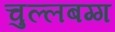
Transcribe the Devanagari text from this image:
चुल्लबग्ग